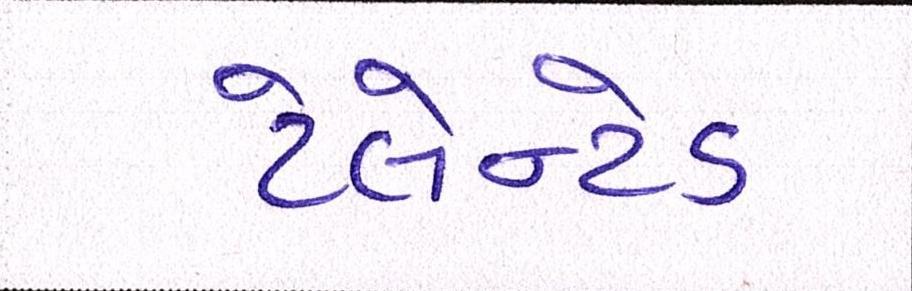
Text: ટેલેન્ટેડ